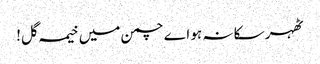
ٹھہر سکا نہ ہو اے چمن میں خیمہ گل!